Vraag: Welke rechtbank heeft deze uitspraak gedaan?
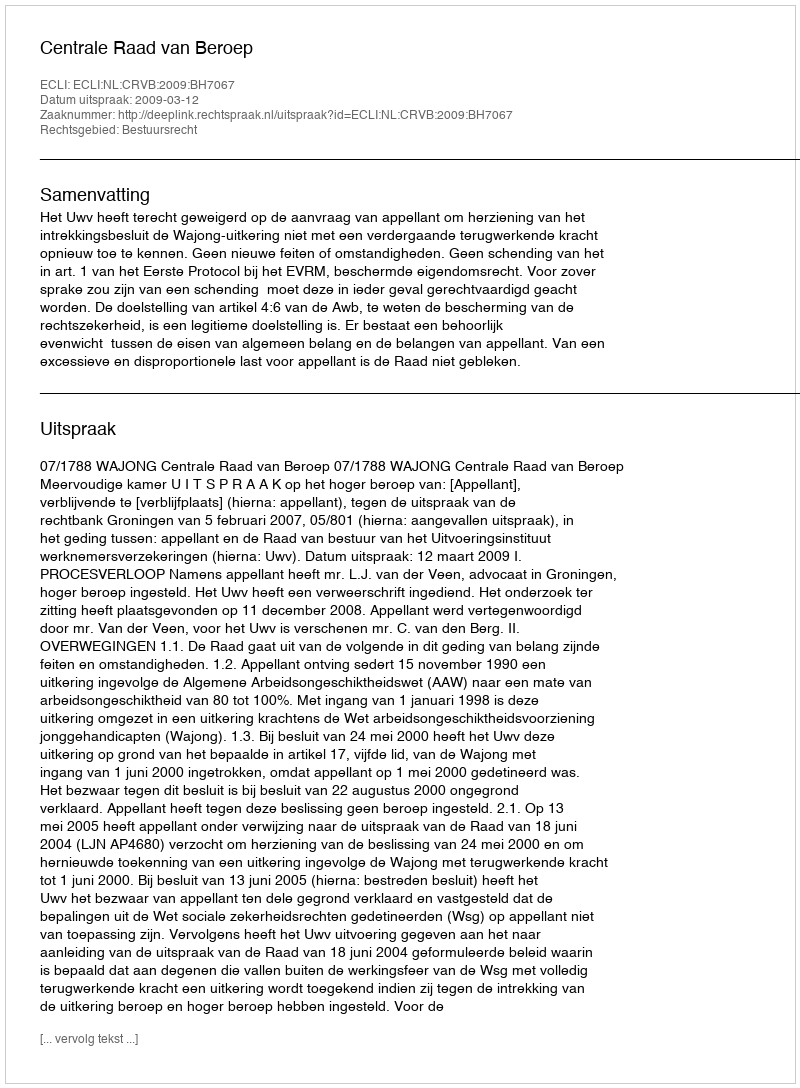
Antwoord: Centrale Raad van Beroep